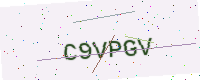
Text: C9VPGV